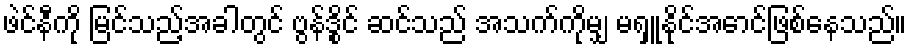
ဖဲင်နီကို မြင်သည့်အခါတွင် ဗွန်ဒွိုင် ဆင်သည် အသက်ကိုမျှ မရှူနိုင်အောင်ဖြစ်နေသည်။